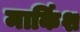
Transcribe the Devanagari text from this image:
मार्किश